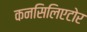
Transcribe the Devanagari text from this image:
कनसिलिएटोर